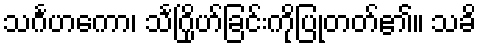
သင်္ဂဟကော၊ သင်္ဂြိုဟ်ခြင်းကိုပြုတတ်၏။ သခိ